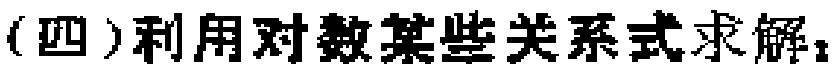
（四）利用对数某些关系式求解：